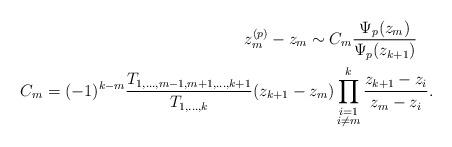
LaTeX: \begin{align*}z^{(p)}_m-z_m\sim C_m\frac{\Psi_p(z_m)}{\Psi_p(z_{k+1})}\quad\\C_m=(-1)^{k-m}\frac{T_{1,\ldots,m-1,m+1,\ldots,k+1}}{T_{1,\ldots,k}}(z_{k+1}-z_m)\prod^k_{\substack{i=1\\ i\neq m}}\frac{z_{k+1}-z_i}{z_m-z_i}.\end{align*}